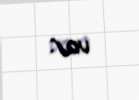
var.